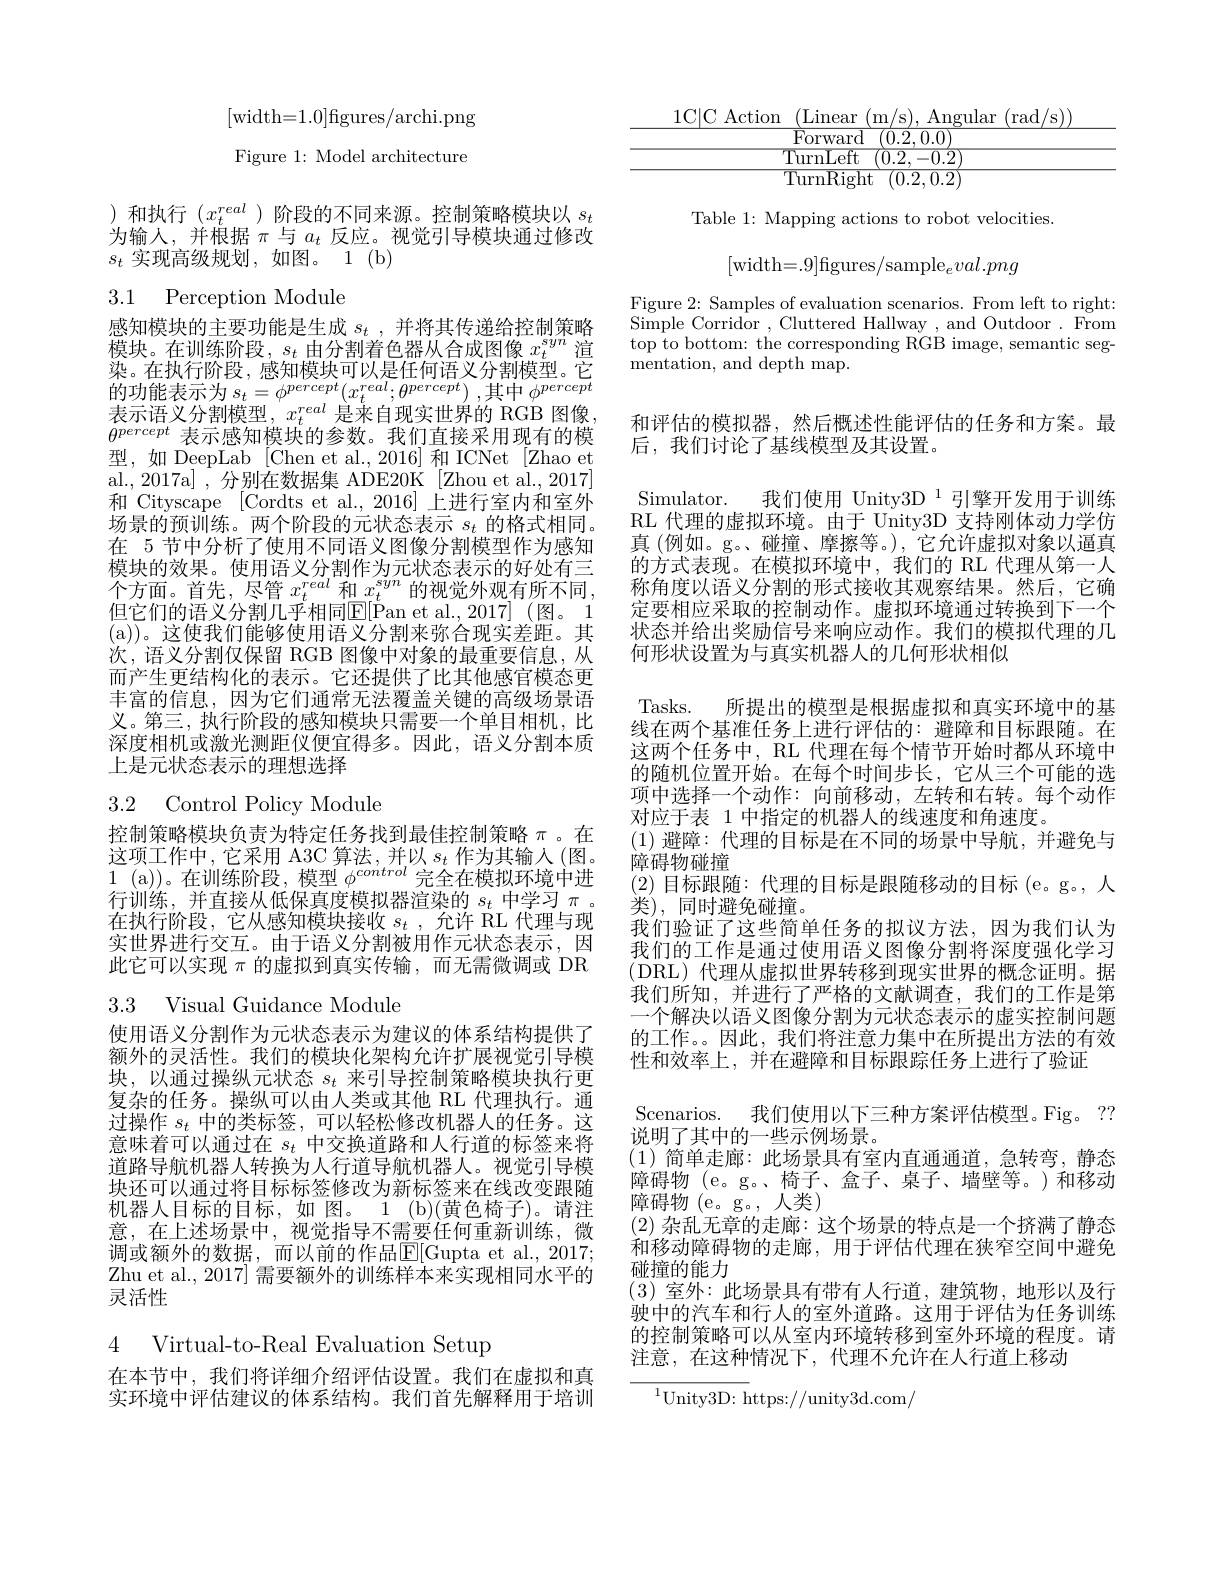
[width=1.0]figures/archi.png Figure 1: Model architecture

)和执行$(x_t^{real}$ )阶段的不同来源。控制策略模块以$s_t$ 为输入，并根据$\pi$与$a_t$反应。视觉引导模块通过修改$s_t$实现高级规划，如图。1(b)

3.1 Perception Module

感知模块的主要功能是生成$s_t$,并将其传递给控制策略模块。在训练阶段，$s_t$由分割着色器从合成图像$x_t^{syn}$渲染。在执行阶段，感知模块可以是任何语义分割模型。它$\begin{array}{l}{\text{的功能表示为 }s_{t}=\phi^{percept}(x_{t}^{real};\theta^{percept})\:,\text{其中 }\phi^{percept}}\\{\text{表示语义分割模型},\:x_{t}^{real}\:\text{是来自现实世界的 RGB 图像}\:,}\end{array}$ $\theta^{percept}$表示感知模块的参数。我们直接采用现有的模型，如 DeepLab [Chen et al., 2016] 和 ICNet [Zhao et] al.,2017a] ,分别在数据集 ADE20K [Zhou et al., 2017] 和 Cityscape [Cordts et al., 2016] 上进行室内和室外场景的预训练。两个阶段的元状态表示$s_t$的格式相同。在 5 节中分析了使用不同语义图像分割模型作为感知模块的效果。使用语义分割作为元状态表示的好处有三个方面。首先，尽管$x_t^{real}$和$x_t^{syn}$的视觉外观有所不同， 但它们的语义分割几乎相同E[Pan et al.,2017](图。1 (a))。这使我们能够使用语义分割来弥合现实差距。其次，语义分割仅保留 RGB 图像中对象的最重要信息，从而产生更结构化的表示。它还提供了比其他感官模态更丰富的信息，因为它们通常无法覆盖关键的高级场景语义。第三，执行阶段的感知模块只需要一个单目相机，比深度相机或激光测距仪便宜得多。因此，语义分割本质上是元状态表示的理想选择

# 3.2 Control Policy Module

控制策略模块负责为特定任务找到最佳控制策略$\pi$ 。在这项工作中，它采用 A3C 算法，并以$s_t$作为其输入 (图。1 (a))。在训练阶段，模型$\phi^control$完全在模拟环境中进行训练，并直接从低保真度模拟器渲染的$s_t$中学习$\pi$ 。在执行阶段，它从感知模块接收$s_t$ ,允许 RL 代理与现实世界进行交互。由于语义分割被用作元状态表示，因此它可以实现$\pi$的虚拟到真实传输，而无需微调或 DR

3.3 Visual Guidance Module

使用语义分割作为元状态表示为建议的体系结构提供了额外的灵活性。我们的模块化架构允许扩展视觉引导模块，以通过操纵元状态$s_t$来引导控制策略模块执行更复杂的任务。操纵可以由人类或其他 RL 代理执行。通过操作$s_t$中的类标签，可以轻松修改机器人的任务。这意味着可以通过在$s_t$中交换道路和人行道的标签来将道路导航机器人转换为人行道导航机器人。视觉引导模块还可以通过将目标标签修改为新标签来在线改变跟随机器人目标的目标，如 图。1 (b)(黄色椅子)。请注意，在上述场景中，视觉指导不需要任何重新训练，微调或额外的数据，而以前的作品$\mathbb{E}[$Gupta et al., 2017; Zhu et al., 2017] 需要额外的训练样本来实现相同水平的灵活性

4 Virtual-to-Real Evaluation Setup

在本节中，我们将详细介绍评估设置。我们在虚拟和真实环境中评估建议的体系结构。我们首先解释用于培训

<table>
	<tbody>
		<tr>
			<td>1C|C Action</td>
			<td>( m/ s) . Angular $(\operatorname{rad/s}))$ 1ear</td>
		</tr>
		<tr>
			<td> </td>
			<td>ward (0.2,0.0)</td>
		</tr>
		<tr>
			<td> </td>
			<td>${\mathrm{Left}}$ (0.2,-0.2</td>
		</tr>
		<tr>
			<td> </td>
			<td>$\overline{\mathrm{Right}}$ (0.2,0.2</td>
		</tr>
	</tbody>
</table>

Table 1: Mapping actions to robot velocities.
$$\text{[width=.9]figures/sample}_eval.png$$
Figure 2: Samples of evaluation scenarios. From left to right: Simple Corridor , Cluttered Hallway , and Outdoor . From $\operatorname{top}$to bottom: the corresponding RGB image, semantic seg- $\bar{\text{mentation, and depth map}}.$

和评估的模拟器，然后概述性能评估的任务和方案。最
后，我们讨论了基线模型及其设置。

Simulator. 我们使用 Unity3D $^{1}$引擎开发用于训练RL 代理的虚拟环境。由于 Unity3D 支持刚体动力学仿真 (例如。g。、碰撞、摩擦等。),它允许虚拟对象以逼真的方式表现。在模拟环境中，我们的 RL 代理从第一人称角度以语义分割的形式接收其观察结果。然后，它确定要相应采取的控制动作。虚拟环境通过转换到下一个状态并给出奖励信号来响应动作。我们的模拟代理的几何形状设置为与真实机器人的几何形状相似
Tasks. 所提出的模型是根据虚拟和真实环境中的基线在两个基准任务上进行评估的：避障和目标跟随。在这两个任务中，RL 代理在每个情节开始时都从环境中的随机位置开始。在每个时间步长，它从三个可能的选项中选择一个动作：向前移动，左转和右转。每个动作对应于表 1 中指定的机器人的线速度和角速度。
(1)避障：代理的目标是在不同的场景中导航，并避免与
障碍物碰撞
(2) 目标跟随：代理的目标是跟随移动的目标 $( e。g。$,人
类), 同时避免碰撞。
我们验证了这些简单任务的拟议方法，因为我们认为我们的工作是通过使用语义图像分割将深度强化学习(DRL)代理从虚拟世界转移到现实世界的概念证明。据我们所知，并进行了严格的文献调查，我们的工作是第一个解决以语义图像分割为元状态表示的虚实控制问题的工作。。因此，我们将注意力集中在所提出方法的有效性和效率上，并在避障和目标跟踪任务上进行了验证
Scenarios. 我们使用以下三种方案评估模型。Fig。??
说明了其中的一些示例场景。
(1)简单走廊：此场景具有室内直通通道，急转弯，静态障碍物 (e。g。、椅子、盒子、桌子、墙壁等。)和移动障碍物 (e。g。,人类)
(2)杂乱无章的走廊：这个场景的特点是一个挤满了静态和移动障碍物的走廊，用于评估代理在狭窄空间中避免碰撞的能力
(3)室外：此场景具有带有人行道，建筑物，地形以及行驶中的汽车和行人的室外道路。这用于评估为任务训练的控制策略可以从室内环境转移到室外环境的程度。请注意，在这种情况下，代理不允许在人行道上移动

${^{1}\text{Unity3D: h}}$ttps://unity3d.com/